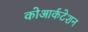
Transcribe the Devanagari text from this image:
कोआर्कटेशन